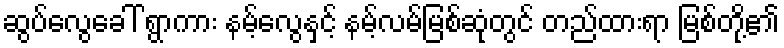
ဆွပ်လွေခေါ် ရွာကား နမ့်လွေနှင့် နမ့်လမ်မြစ်ဆုံတွင် တည်ထားရာ မြစ်တို့၏